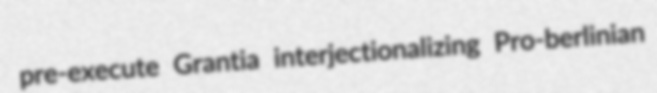
pre-execute Grantia interjectionalizing Pro-berlinian